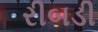
રીબડી